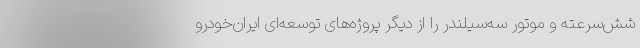
شش‌سرعته و موتور سه‌سیلندر را از دیگر پروژه‌های توسعه‌ای ایران‌خودرو